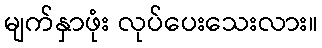
မျက်နှာဖုံး လုပ်ပေးသေးလား။